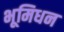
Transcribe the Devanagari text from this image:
भूमिधन